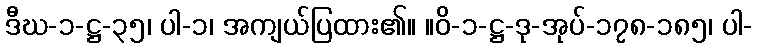
ဒီဃ-၁-ဋ္ဌ-၃၅၊ ပါ-၁၊ အကျယ်ပြထား၏။ ။ဝိ-၁-ဋ္ဌ-ဒု-အုပ်-၁၇၈-၁၈၅၊ ပါ-